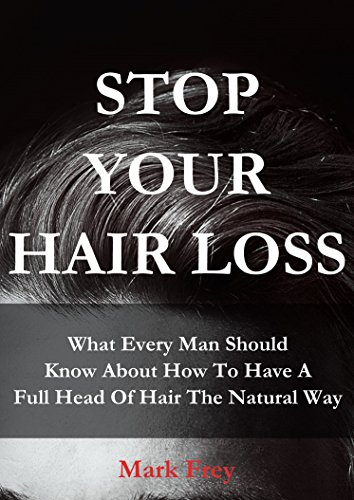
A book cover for STOP YOUR HAIR LOSS: What Every Man Should Know About How To Have A Full Head Of Hair The Natural Way; Mark Frey; Health, Fitness & Dieting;